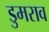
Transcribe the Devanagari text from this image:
डुमराव